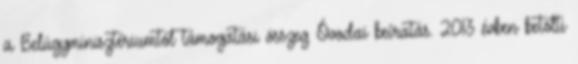
a Belügyminisztériumtól támogatási összeg Óvodai beíratás. 2013 évben betölti